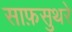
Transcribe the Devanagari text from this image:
साफ़सुथरे